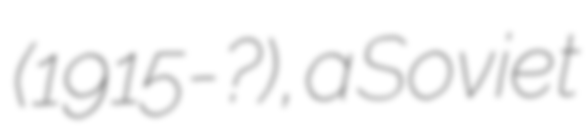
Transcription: (1915-?), a Soviet